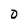
Character: 0